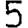
Digit: 5